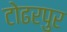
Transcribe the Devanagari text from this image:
टोढरपुर